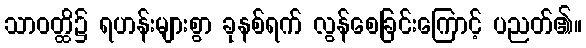
သာဝတ္ထိ၌ ရဟန်းများစွာ ခုနစ်ရက် လွန်စေခြင်းကြောင့် ပညတ်၏။